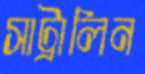
সাট্রালিন